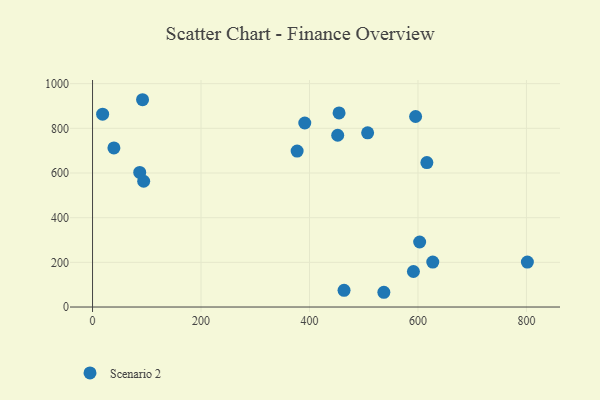
{"axis": {"x": "Engine Size", "y": "Sales"}, "legend": ["Scenario 2"], "data": [{"x": "801.7", "y": 201.0, "type": "Scenario 2"}, {"x": "18.6", "y": 863.2, "type": "Scenario 2"}, {"x": "391.3", "y": 824.0, "type": "Scenario 2"}, {"x": "616.4", "y": 646.8, "type": "Scenario 2"}, {"x": "603.1", "y": 291.1, "type": "Scenario 2"}, {"x": "94.3", "y": 563.1, "type": "Scenario 2"}, {"x": "452.0", "y": 769.1, "type": "Scenario 2"}, {"x": "87.0", "y": 602.4, "type": "Scenario 2"}, {"x": "92.2", "y": 928.1, "type": "Scenario 2"}, {"x": "537.1", "y": 66.0, "type": "Scenario 2"}, {"x": "591.6", "y": 159.0, "type": "Scenario 2"}, {"x": "627.3", "y": 201.0, "type": "Scenario 2"}, {"x": "507.2", "y": 780.0, "type": "Scenario 2"}, {"x": "463.7", "y": 74.6, "type": "Scenario 2"}, {"x": "39.4", "y": 712.5, "type": "Scenario 2"}, {"x": "595.6", "y": 853.1, "type": "Scenario 2"}, {"x": "377.2", "y": 698.1, "type": "Scenario 2"}, {"x": "454.5", "y": 869.1, "type": "Scenario 2"}]}